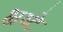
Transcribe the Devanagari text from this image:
भ्रष्टे